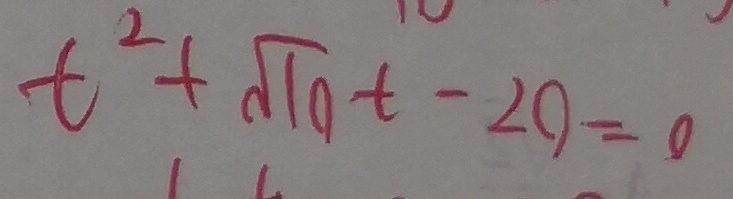
t ^ { 2 } + \sqrt { 1 0 } t - 2 0 = 0